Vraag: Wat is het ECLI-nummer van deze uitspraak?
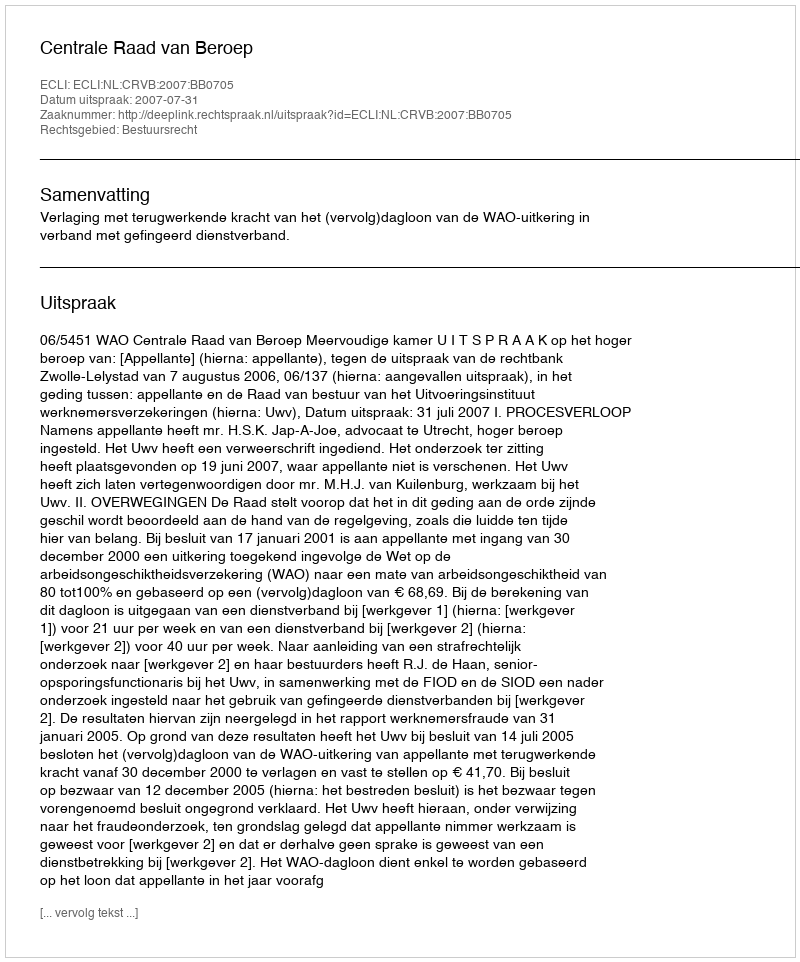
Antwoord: ECLI:NL:CRVB:2007:BB0705